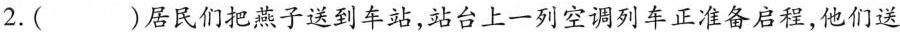
2.( )居民们把燕子送到车站，站台上一列空调列车正准备启程，他们送